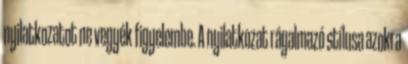
nyilatkozatot ne vegyék figyelembe. A nyilatkozat rágalmazó stílusa azokra